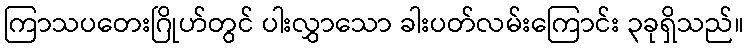
ကြာသပတေးဂြိုဟ်တွင် ပါးလွှာသော ခါးပတ်လမ်းကြောင်း ၃ခုရှိသည်။